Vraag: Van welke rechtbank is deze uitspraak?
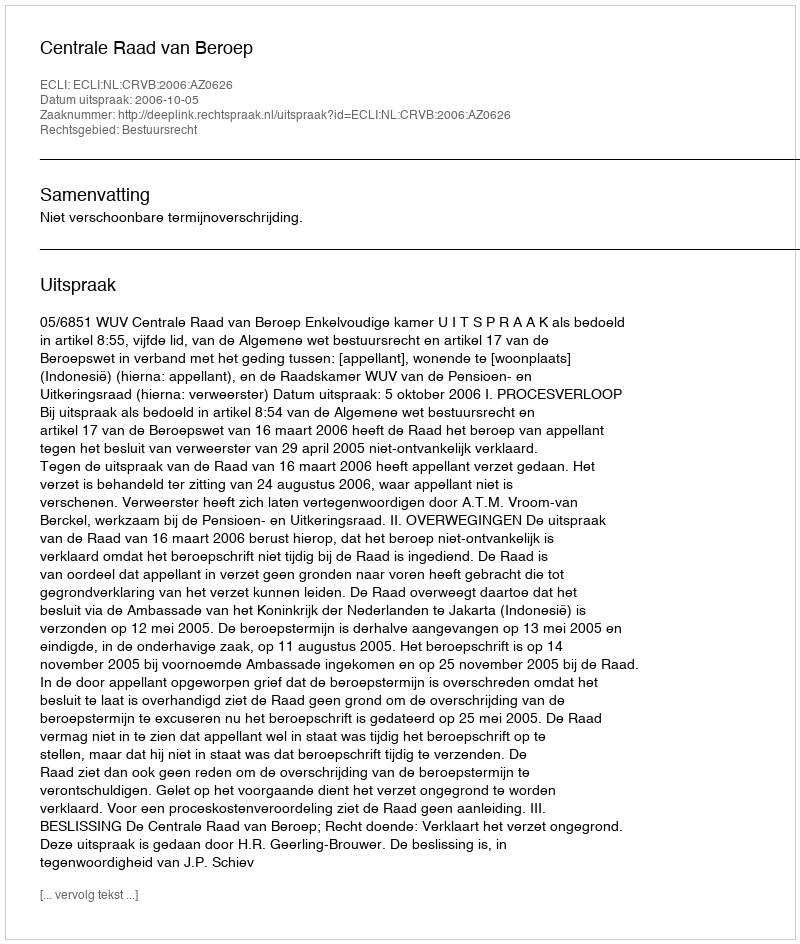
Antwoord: Centrale Raad van Beroep